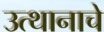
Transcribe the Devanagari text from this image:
उत्थानाचे